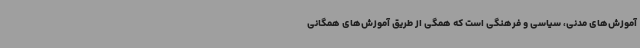
آموزش‌های مدنی، سیاسی و فرهنگی است که همگی از طریق آموزش‌های همگانی